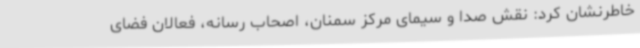
خاطرنشان کرد: نقش صدا و سیمای مرکز سمنان، اصحاب رسانه،‌ فعالان فضای